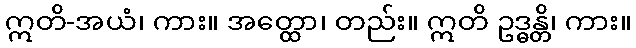
ဣတိ-အယံ၊ ကား။ အတ္ထော၊ တည်း။ ဣတိ ဥဒ္ဓန္တိ၊ ကား။